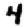
Digit: 4